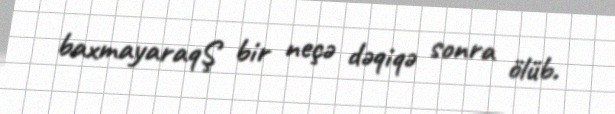
baxmayaraqŞ bir neçə dəqiqə sonra ölüb.